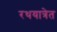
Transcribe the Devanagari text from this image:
रथयात्रेत